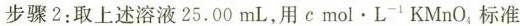
步骤 2:取上述溶液 25.00 mL，用$$c m o l \cdot L ^ {- 1 } K M n O _ { 4 }$$标准